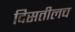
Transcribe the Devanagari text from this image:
दिसतीलच